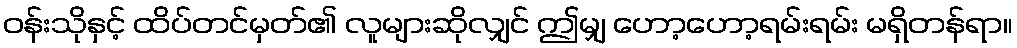
ဝန်းသိုနှင့် ထိပ်တင်မှတ်၏ လူများဆိုလျှင် ဤမျှ ဟော့ဟော့ရမ်းရမ်း မရှိတန်ရာ။